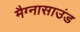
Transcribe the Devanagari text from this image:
मैग्नासाउंड